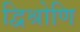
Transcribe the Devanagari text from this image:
द्विश्रोणि